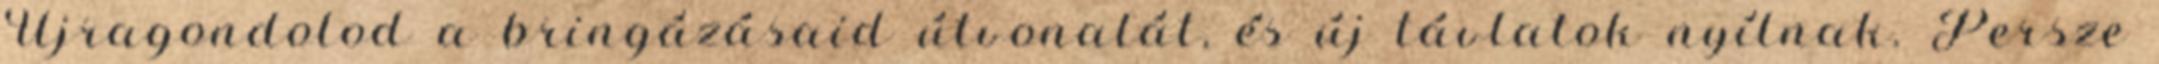
Újragondolod a bringázásaid útvonalát, és új távlatok nyílnak. Persze